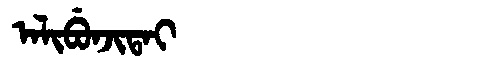
Manchu: ᠠᠯᡳᠪᡠᠨᠵᡳᡨᠠᡳ
Romanization: ALIBUNJITAI